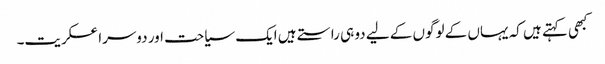
کبھی کہتے ہیں کہ یہاں کے لوگوں کے لیے دو ہی راستے ہیں ایک سیاحت اور دوسرا عسکریت۔